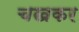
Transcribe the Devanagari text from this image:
चखकर